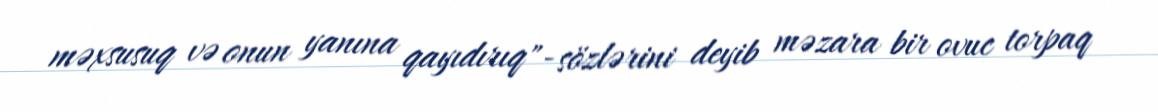
məxsusuq və onun yanına qayıdırıq"- sözlərini deyib məzara bir ovuc torpaq